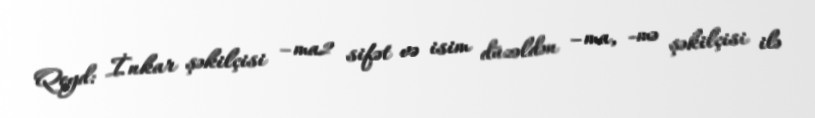
Qeyd: İnkar şəkilçisi –ma2 sifət və isim düzəldən –ma, -mə şəkilçisi ilə